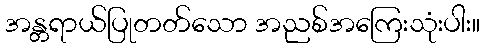
အန္တရာယ်ပြုတတ်သော အညစ်အကြေးသုံးပါး။